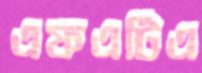
এফএটিএ